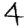
Digit: 4